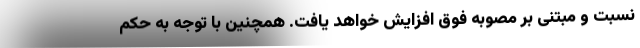
نسبت و مبتنی بر مصوبه فوق افزایش خواهد یافت. همچنین با توجه به حکم